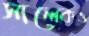
সালেকও